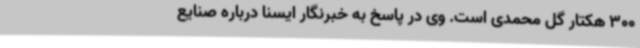
300 هکتار گل محمدی است. وی در پاسخ به خبرنگار ایسنا درباره صنایع